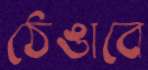
ঠেঙাবে